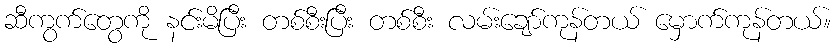
ဆီကွက်တွေကို နင်းမိပြီး တစ်စီးပြီး တစ်စီး လမ်းချော်ကုန်တယ် မှောက်ကုန်တယ်။